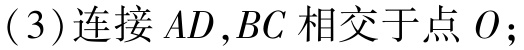
(3)连接 \(AD,BC\) 相交于点 \(O\);